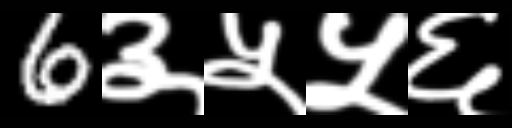
Text: 6३५५६